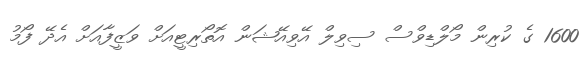
1600 ގެ ކުރިން މޯލްޑިވްސް ސިވިލް އޭވިއޭޝަން އޮތޯރިޓީއަށް ވަޒީފާއަށް އެދޭ ފޯމު